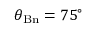
\theta _ { \mathrm { B n } } = 7 5 ^ { \circ }